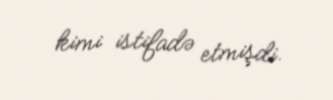
kimi istifadə etmişdi.